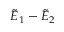
\tilde { E } _ { 1 } - \tilde { E } _ { 2 }